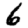
Digit: 6